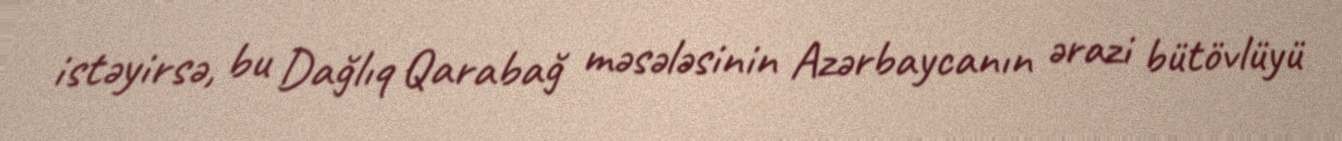
istəyirsə, bu Dağlıq Qarabağ məsələsinin Azərbaycanın ərazi bütövlüyü